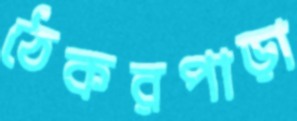
ঠেকরপাড়া